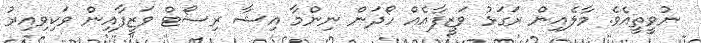
ނުވީތީއެވެ. މާލެއިން ރަގަޅު ވަޒީފާއެއް ހޯދަން ނިންމާ އިޝާ ރިސޯޓް ވަޒީފާއިން ވަކިވިއިރު